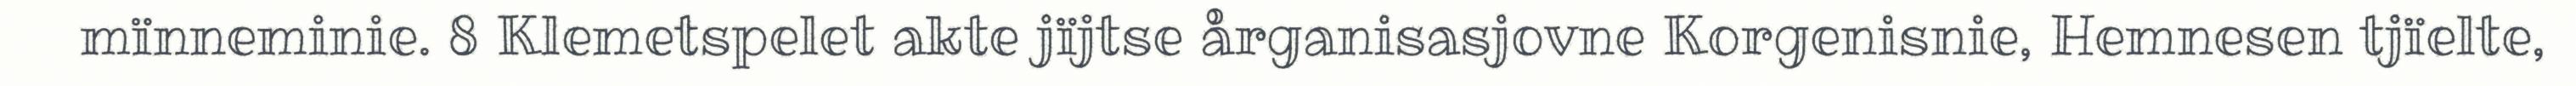
mïnneminie. 8 Klemetspelet akte jïjtse årganisasjovne Korgenisnie, Hemnesen tjïelte,